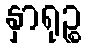
နှာရုဉ္စ